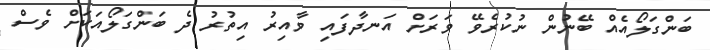
ބަންގަލޯއެއް ބޭނުން ނުކުރެވޭ ވަރަށް އަނދާފައި ވާއިރު އިތުރު ދެ ބަންގަލޯއަކަށް ވެސް